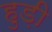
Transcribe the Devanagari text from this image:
हुड़ी